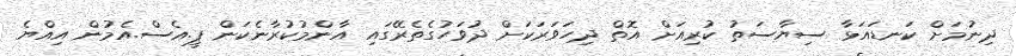
ދިނުމަށް ކަނޑައަޅާ ސިޔާސަތު ކުރިއަށް އޮތް ދިހަވަރަކަށް ދުވަހުގެތެރޭގައި އާންމުކުރާނެކަން ޕީ.އެސް.އެމުން އިއްޔެ